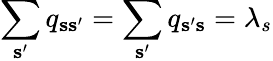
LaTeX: \sum_{{\mathbf s}^{\prime}}q_{{\mathbf s}{\mathbf s}^{\prime}}=\sum_{{\mathbf s}^{\prime}}q_{{\mathbf s}^{\prime}{\mathbf s}}=\lambda_{s}